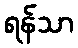
ရန်သာ